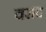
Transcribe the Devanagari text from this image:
वराद